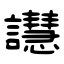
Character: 譿